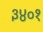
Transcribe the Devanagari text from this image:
३४०१